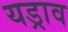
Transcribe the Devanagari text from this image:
यड्राव